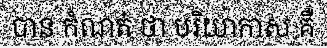
បាន កំណត់ ថា បរិយាកាស គឺ